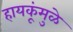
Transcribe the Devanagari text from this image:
हायकूंमुळे